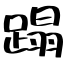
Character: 蹋